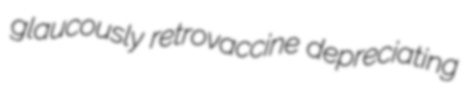
glaucously retrovaccine depreciating